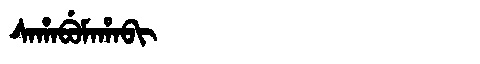
Manchu: ᠰᠠᡥᠠᠪᡠᠮᠠᡥᠠᠪᡳ
Romanization: SAHABUMAHABI